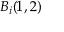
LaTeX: B _ { i } ( 1 , 2 )